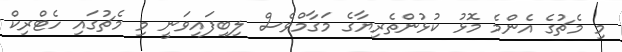
މި މެޗުގެ އެންމެ މޮޅު ކުޅުންތެރިޔާގެ މަގާމްވެސް ލިބިފައިވަނީ މި މެޗުގައި ހެޓްރިކް